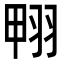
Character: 翈